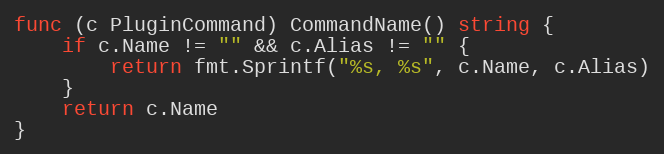
Language: Go
func (c PluginCommand) CommandName() string {
	if c.Name != "" && c.Alias != "" {
		return fmt.Sprintf("%s, %s", c.Name, c.Alias)
	}
	return c.Name
}